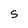
Character: S